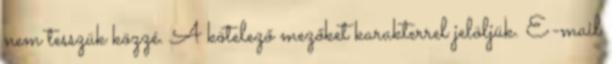
nem tesszük közzé. A kötelező mezőket karakterrel jelöljük. E-mail